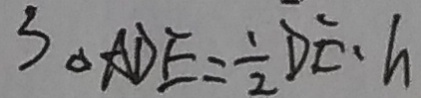
S _ { \Delta } A D E = \frac { 1 } { 2 } D E \cdot h